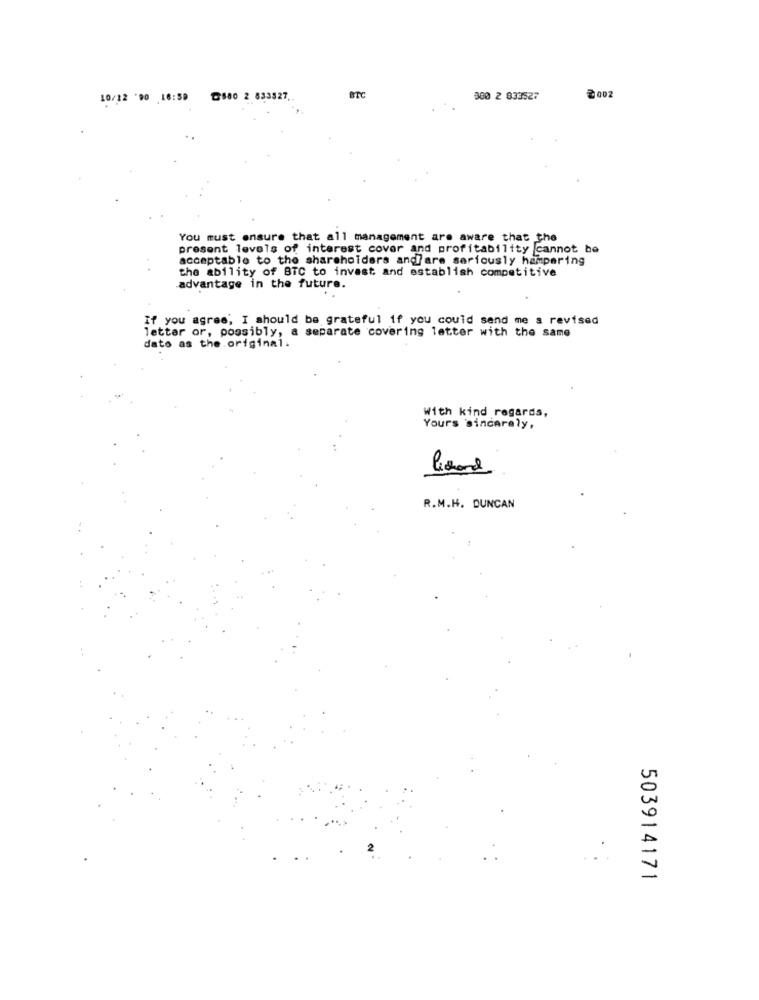
10/12 90 16:30 000 2 833527.
BTC
300 2 833527
₴ 002
You must ensure that all management are aware that the
present levels of interest cover and profitability cannot be
acceptable to the shareholders andlare seriously hampering
the ability of BTC to invest and establish competitive
advantage in the future.
If you agree, I should be grateful if you could send me a revised
lettar or, possibly, a separate covering letter with the same
dato as the original.
With kind regards,
Yours sincerely,
ledare
R.M.H. DUNCAN
503914171